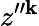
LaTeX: z^{\prime\prime\mathbf{k}}